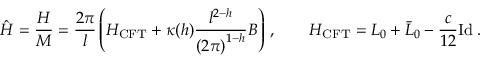
{ \hat { H } } = \frac { H } { M } = \frac { 2 \pi } { l } \left( H _ { \mathrm { C F T } } + \kappa ( h ) \frac { l ^ { 2 - h } } { \left( 2 \pi \right) ^ { 1 - h } } B \right) \, , \qquad H _ { \mathrm { C F T } } = L _ { 0 } + \bar { L } _ { 0 } - \frac { c } { 1 2 } { \mathrm { I d } } \: .